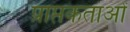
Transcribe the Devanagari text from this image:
प्राप्तकताओं